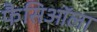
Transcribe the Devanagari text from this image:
फैसिऑला